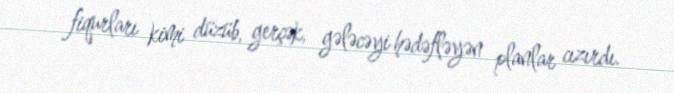
fiqurları kimi düzüb, gerçək, gələcəyi hədəfləyən planlar cızırdı.